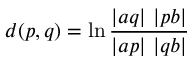
d ( p , q ) = \ln { \frac { \left| a q \right| \, \left| p b \right| } { \left| a p \right| \, \left| q b \right| } }